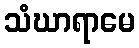
သံဃာရာမေ